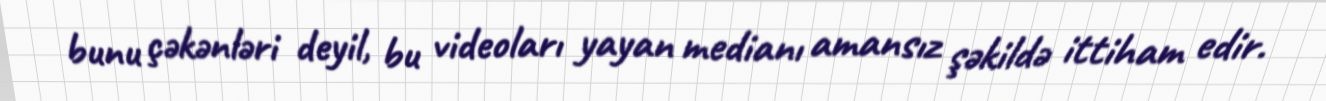
bunu çəkənləri deyil, bu videoları yayan medianı amansız şəkildə ittiham edir.